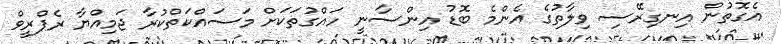
އެގޮތުން އިނގިރޭސި ވިލާތުގެ އެންމެ ބޮޑު އިންސާނީ ހައްގުތަކަށް މަސައްކަތްކުރާ ޖަމިއްޔާ ރެޕްރީވް